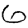
Digit: 6